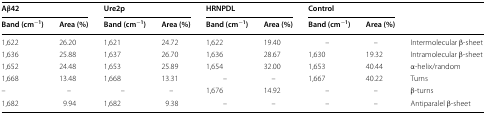
<table><thead><tr><td colspan="2"><b>Aβ42</b></td><td colspan="2"><b>Ure2p</b></td><td colspan="2"><b>HRNPDL</b></td><td colspan="2"><b>Control</b></td><td rowspan="2"></td></tr><tr><td><b>Band (cm<sup>−1</sup>)</b></td><td><b>Area (%)</b></td><td><b>Band (cm<sup>−1</sup>)</b></td><td><b>Area (%)</b></td><td><b>Band (cm<sup>−1</sup>)</b></td><td><b>Area (%)</b></td><td><b>Band (cm<sup>−1</sup>)</b></td><td><b>Area (%)</b></td></tr></thead><tbody><tr><td>1,622</td><td>26.20</td><td>1,621</td><td>24.72</td><td>1,622</td><td>19.40</td><td>–</td><td>–</td><td>Intermolecular β-sheet</td></tr><tr><td>1,636</td><td>25.88</td><td>1,637</td><td>26.70</td><td>1,636</td><td>28.67</td><td>1,630</td><td>19.32</td><td>Intramolecular β-sheet</td></tr><tr><td>1,652</td><td>24.48</td><td>1,653</td><td>25.89</td><td>1,654</td><td>32.00</td><td>1,653</td><td>40.44</td><td>α-helix/random</td></tr><tr><td>1,668</td><td>13.48</td><td>1,668</td><td>13.31</td><td>–</td><td>–</td><td>1,667</td><td>40.22</td><td>Turns</td></tr><tr><td>–</td><td>–</td><td>–</td><td>–</td><td>1,676</td><td>14.92</td><td>–</td><td>–</td><td>β-turns</td></tr><tr><td>1,682</td><td>9.94</td><td>1,682</td><td>9.38</td><td>–</td><td>–</td><td>–</td><td>–</td><td>Antiparalel β-sheet</td></tr></tbody></table>